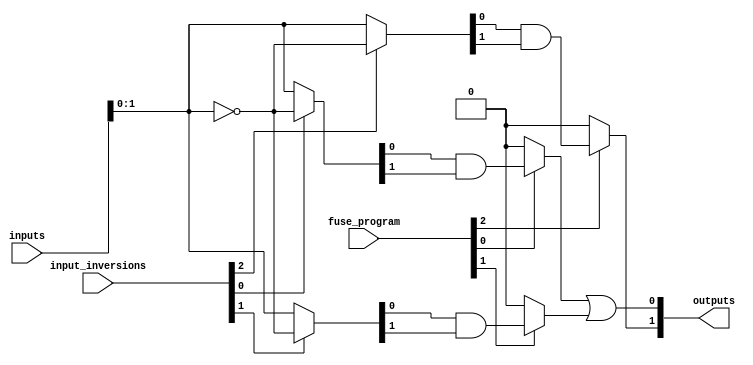
module FusedPAL #(parameter N = 4, parameter M = 2, parameter K = 3) (
    input [N-1:0] inputs,            // Input signals
    input [N-1:0] input_inversions,  // Inversion control for inputs
    input [K-1:0] fuse_program,      // Fuse programming inputs (K fuses for K AND gates)
    output [M-1:0] outputs           // Output signals
);

    // Declare the AND gate outputs
    wire [K-1:0] and_outputs;

    // AND Array Definition
    generate
        genvar i;
        for (i = 0; i < K; i = i + 1) begin : and_array
            wire [N-1:0] and_inputs;

            // Select inputs based on inversion control
            assign and_inputs = (input_inversions[i]) ? ~inputs : inputs;

            // The AND gate logic using fuses
            assign and_outputs[i] = (fuse_program[i]) ? 
                (and_inputs[0] & and_inputs[1] /* Add more as needed */) : 1'b0; // Example combination
        end
    endgenerate

    // OR Array Definition
    assign outputs[0] = and_outputs[0] | and_outputs[1]; // Example OR gate output
    assign outputs[1] = and_outputs[2]; // Another OR gate output

endmodule